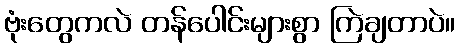
ဗုံးတွေကလဲ တန်ပေါင်းများစွာ ကြဲချတာပဲ။